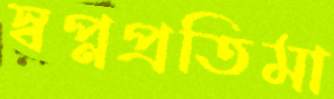
স্বপ্নপ্রতিমা